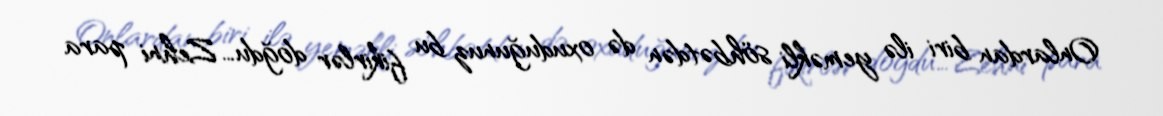
Onlardan biri ilə yeməkli söhbətdən də oxuduğunuz bu fikirlər doğdu… Zehni para